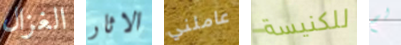
الغزال الاثار عاملني للكنيسة لم